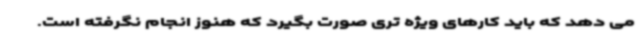
می دهد که باید کارهای ویژه تری صورت بگیرد که هنوز انجام نگرفته است.